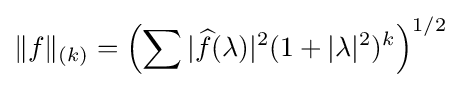
\|f\|_{(k)}=\left(\sum |{\widehat {f}}(\lambda )|^{2}(1+|\lambda |^{2})^{k}\right)^{1/2}